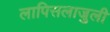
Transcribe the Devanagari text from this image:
लापिसलाजुली